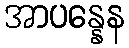
အာပန္နေန